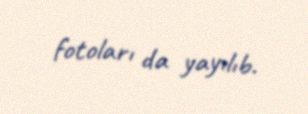
fotoları da yayılıb.